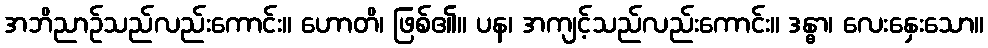
အဘိညာဉ်သည်လည်းကောင်း။ ဟောတိ၊ ဖြစ်၏။ ပန၊ အကျင့်သည်လည်းကောင်း။ ဒန္ဓာ၊ လေးနှေးသော။